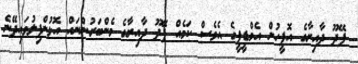
ފޭދޫ ދާއިރާގެ އޮފީހުން އެމްޑީޕީގެ އެވެސް ކަމެއް ފޭދޫ ދާއިރާގެ މެންބަރުންނައް އޮޅުންފިލުވައިދޭނެ